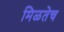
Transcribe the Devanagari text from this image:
मिळतेच